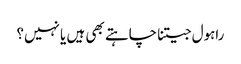
راہول جیتنا چاہتے بھی ہیں یا نہیں؟